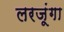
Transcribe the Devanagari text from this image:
लरजूंगा